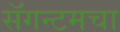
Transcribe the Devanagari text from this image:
सॅगन्टमचा